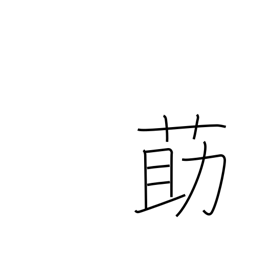
Meaning: Chinese matrimony vine